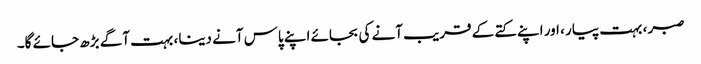
صبر ، بہت پیار ، اور اپنے کتے کے قریب آنے کی بجائے اپنے پاس آنے دینا ، بہت آگے بڑھ جائے گا۔